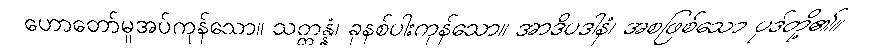
ဟောတော်မူအပ်ကုန်သော။ သတ္တန္နံ၊ ခုနစ်ပါးကုန်သော။ အာဒိပဒါနံ၊ အစဖြစ်သော ပုဒ်တို့၏။